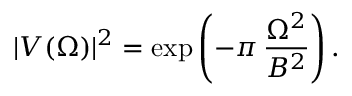
| V ( \Omega ) | ^ { 2 } = \exp \left( - \pi \, \frac { \Omega ^ { 2 } } { B ^ { 2 } } \right) .